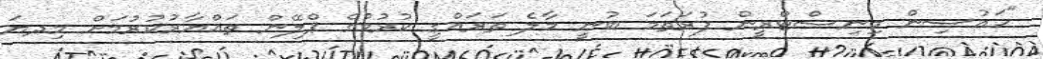
"ހައުސިން މިނިސްޓްރީން ފުރަތަމަ ބުނީ މާލެ ތަރައްގީ ކުރުމުގެ ޕްލޭން ތައްޔާރުކުރުމަށް މިދޔަ